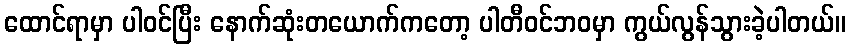
ထောင်ရာမှာ ပါဝင်ပြီး နောက်ဆုံးတယောက်ကတော့ ပါတီဝင်ဘဝမှာ ကွယ်လွန်သွားခဲ့ပါတယ်။